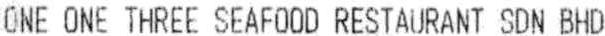
ONE ONE THREE SEAFOOD RESTAURANT SDN BHD